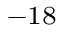
^ { - 1 8 }